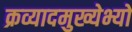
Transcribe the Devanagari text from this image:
क्रव्यादमुख्येभ्यो